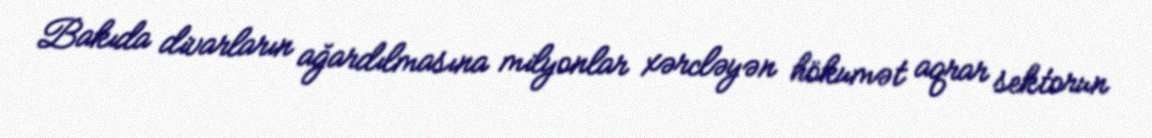
Bakıda divarların ağardılmasına milyonlar xərcləyən hökumət aqrar sektorun